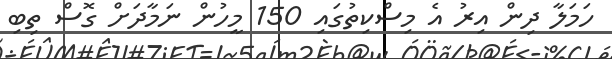
ހަމަލާ ދިން އިރު އެ މިސްކިތުގައި 150 މީހުން ނަމާދަށް ގޮސް ތިބި